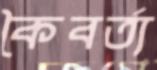
কৈবর্ত্য